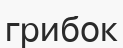
грибок